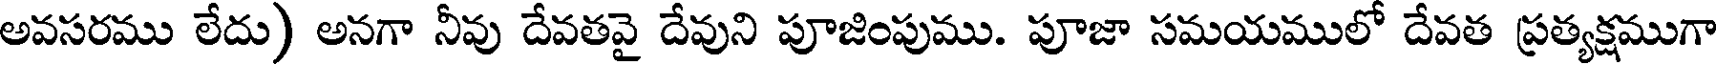
అవసరము లేదు) అనగా నీవు దేవతవై దేవుని పూజింపుము. పూజా సమయములో దేవత ప్రత్యక్షముగా